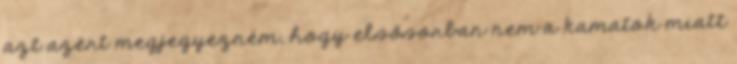
azt azért megjegyezném, hogy elsősorban nem a kamatok miatt